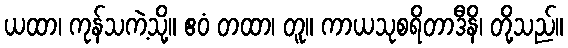
ယထာ၊ ကုန်သကဲ့သို့။ ဧဝံ တထာ၊ တူ။ ကာယသုစရိတာဒီနိ၊ တို့သည်။